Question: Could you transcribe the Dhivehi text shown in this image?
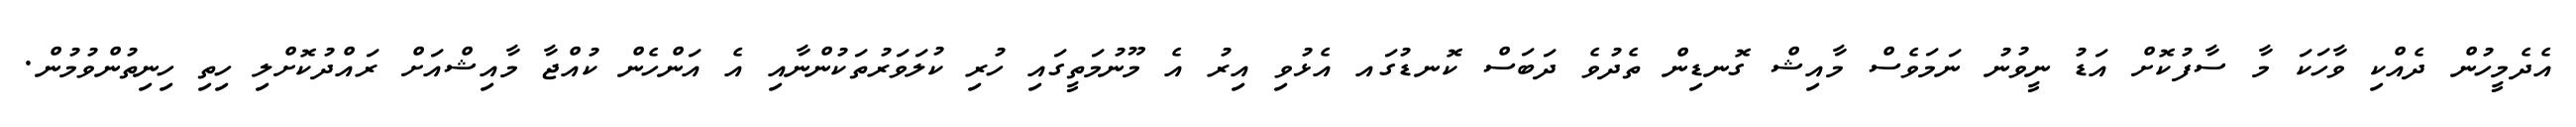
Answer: އެދެމީހުން ދެއްކި ވާހަކަ މާ ސާފުކޮށް އަޑު ނީވުނު ނަމަވެސް މާއިޝް ގޮނޑިން ތެދުވެ ދަބަސް ކޮނޑުގައ އެޅުވި އިރު އެ މޫނުމަތީގައި ހުރި ކުލަވަރުތަކުންނާއި އެ އަންހެން ކުއްޖާ މާއިޝްއަށް ރައްދުކޮށްލި ހިތި ހިނިތުންވުމުން.